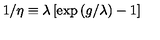
1 / \eta \equiv \lambda \left[ \exp \left( g / \lambda \right) - 1 \right]